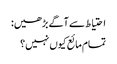
احتیاط سے آگے بڑھیں:
تمام مائع کیوں نہیں؟